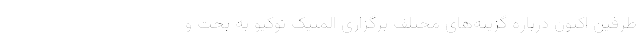
طرفین اکنون درباره گزینه‌های مختلف برگزاری المپیک توکیو به بحث و